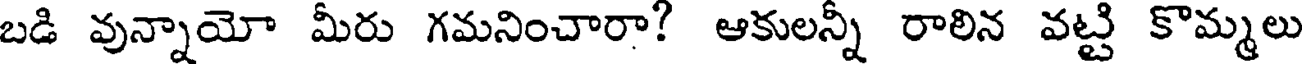
బడి వున్నాయో మీరు గమనించారా? ఆకులన్నీ రాలిన వట్టి కొమ్మలు